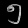
Digit: ၅